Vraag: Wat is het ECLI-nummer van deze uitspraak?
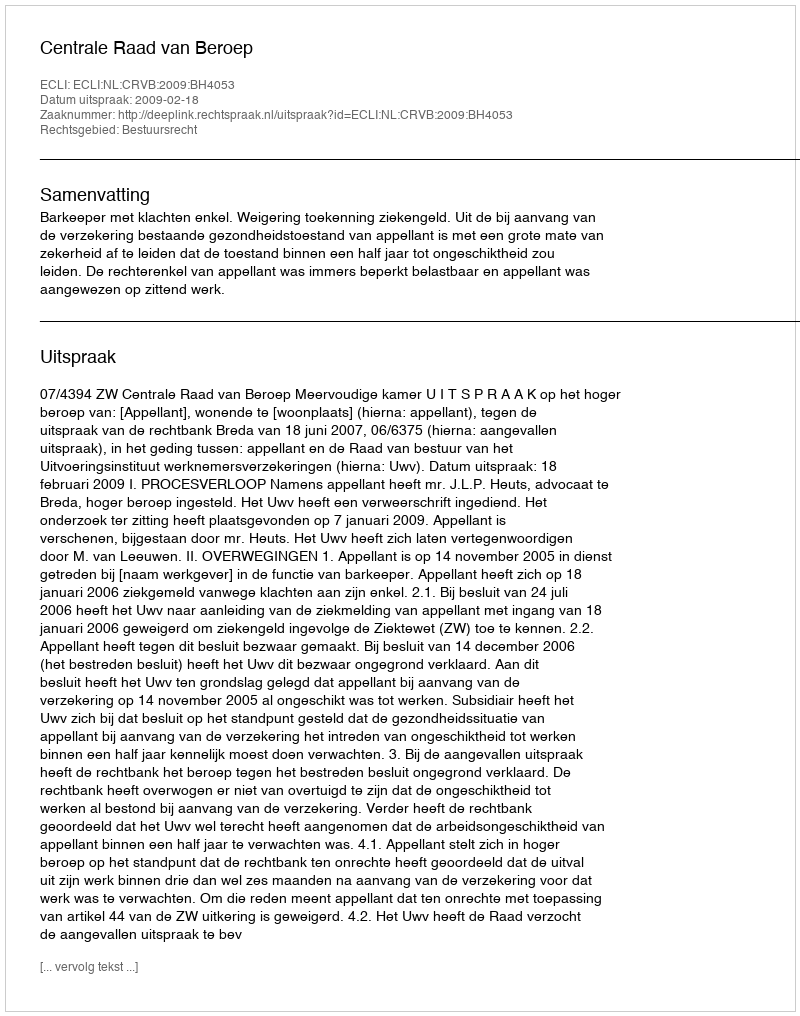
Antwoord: ECLI:NL:CRVB:2009:BH4053